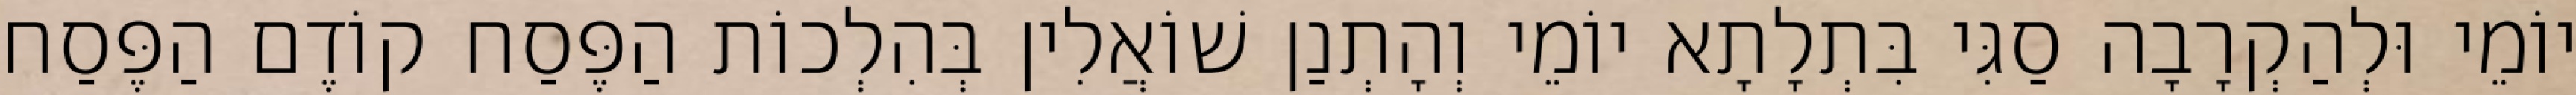
יוֹמֵי וּלְהַקְרָבָה סַגִּי בִּתְלָתָא יוֹמֵי וְהָתְנַן שׁוֹאֲלִין בְּהִלְכוֹת הַפֶּסַח קוֹדֶם הַפֶּסַח